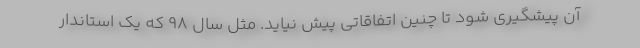
آن پیشگیری شود تا چنین اتفاقاتی پیش نیاید. مثل سال ۹۸ که یک استاندار